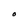
Character: O